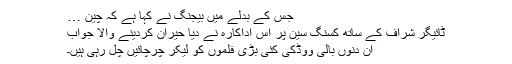
جس کے بدلے میں بیجنگ نے کہا ہے کہ چین …
ٹائیگر شراف کے ساتھ کسنگ سین پر اس اداکارہ نے دیا حیران کردینے والا جواب
ان دنوں بالی ووڈکی کئی بڑی فلموں کو لیکر چرچائیں چل رہی ہیں۔